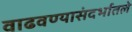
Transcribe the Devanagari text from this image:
वाढवण्यासंदर्भातले